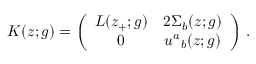
K ( z ; g ) = \left( \begin{array} { c c } { { L ( z _ { + } ; g ) } } & { { 2 \Sigma _ { b } ( z ; g ) } } \\ { { 0 } } & { { u ^ { a } { } _ { b } ( z ; g ) } } \end{array} \right) \, .